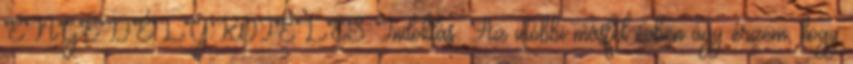
ENGEDÉLYKÖTELES Indoklás: Az utóbbi másfél évben úgy érzem, hogy